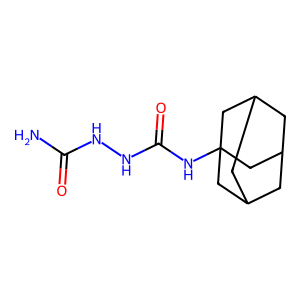
SMILES: NC(=O)NNC(=O)NC12CC3CC(CC(C3)C1)C2
Inhibits HIV replication: No